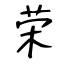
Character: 荣